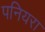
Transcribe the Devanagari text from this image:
पनियरा